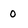
Character: 0